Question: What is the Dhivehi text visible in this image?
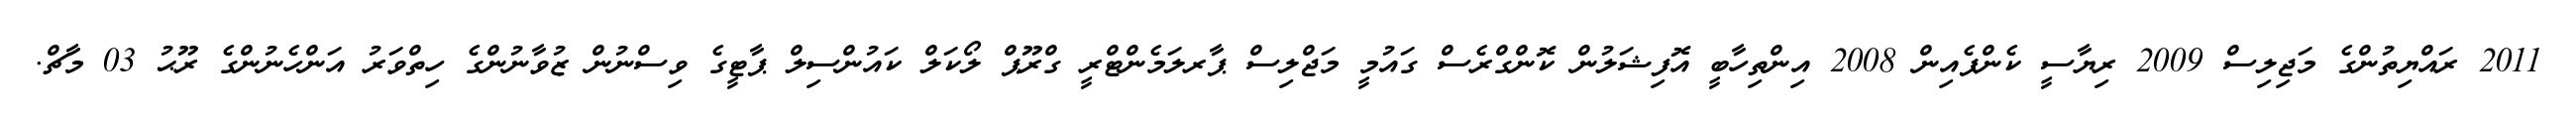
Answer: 2011 ރައްޔިތުންގެ މަޖިލިސް 2009 ރިޔާސީ ކެންޕެއިން 2008 އިންތިހާބީ އޮފިޝަލުން ކޮންގްރެސް ގައުމީ މަޖްލިސް ޕާރލަމެންޓްރީ ގްރޫޕް ލޯކަލް ކައުންސިލް ޕާޓީގެ ވިސްނުން ޒުވާނުންގެ ހިތްވަރު އަންހެނުންގެ ރޫޙު 03 މާޗް.